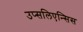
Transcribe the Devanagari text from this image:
उप्सलिएन्सिस